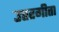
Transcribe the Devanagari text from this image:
उत्तरगीता